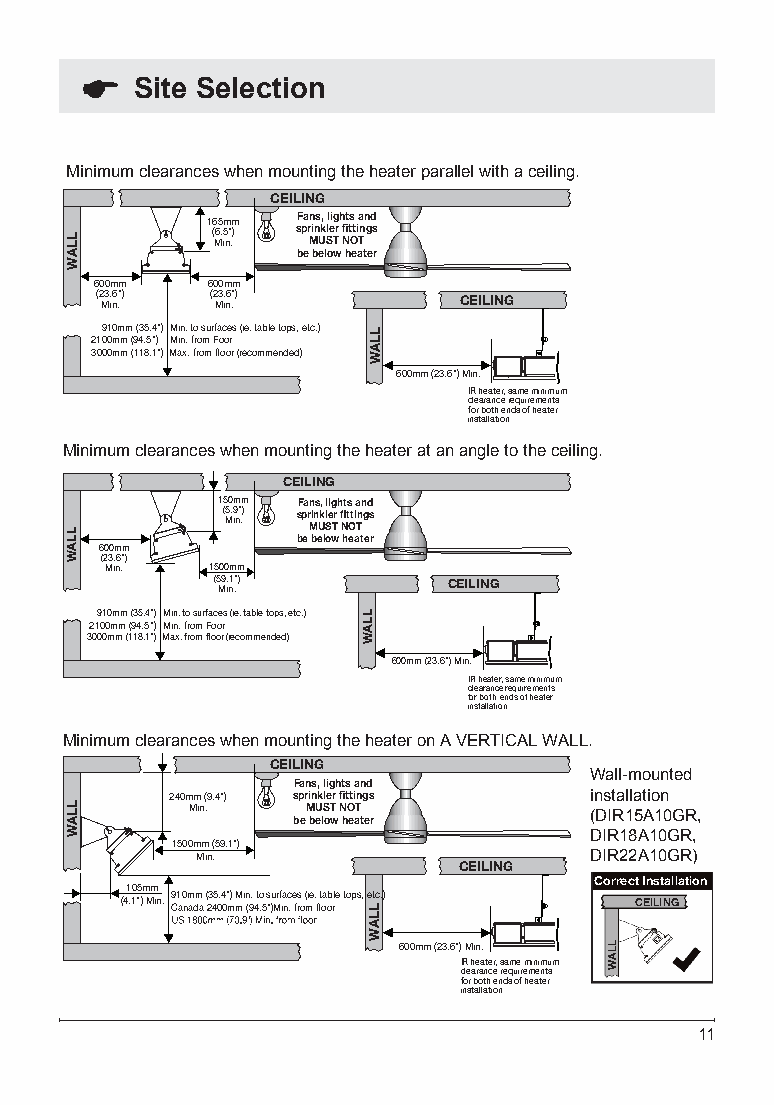
Site Selection
 Minimum clearances when mounting the heater parallel with a ceiling.
 CEILING
 165mm Fans, lights and
 (6.5") sprinkler fittings Min. MUST NOT
 be below heater
 600mm   600mm
 (2 M3 i. n6 .") (2 M3 i. n6 .") CEILING
 910mm (35.4") Min. to surfaces (ie. table tops, etc.)
 2100mm (94.5") Min. from Foor
 3000mm (118.1") Max. from floor (recommended)
 600mm (23.6") Min.
 IR heater, same minimum
 clearance requirements
 for both ends of heater
 installation
 Minimum clearances when mounting the heater at an angle to the ceiling.
 CEILING
 150mm Fans, lights and
 ( M5. i9 n" .) sprinkler fittings
 MUST NOT
 be below heater
 600mm
 (23.6")
 Min.   1500mm
 (5 M9 i. n1 .") CEILING
 910mm (35.4") Min. to surfaces (ie. table tops, etc.)
 2100mm (94.5") Min. from Foor
 3000mm (118.1") Max. from floor (recommended)
 600mm (23.6") Min.
 IR heater, same minimum
 clearance requirements
 for both ends of heater
 installation
 Minimum clearances when mounting the heater on A VERTICAL WALL.
 CEILING
 Wall-mounted
 Fans, lights and
 240mm (9.4") sprinkler fittings installation
 Min.    MUST NOT
 be below heater     (DIR15A10GR,
 DIR18A10GR,
 1500mm (59.1")
 Min.                      DIR22A10GR)
 CEILING
 Correct Installation
 105mm
 (4.1") Min. C 91 a0 nm adm a ( 23 45 0.4 0" m) M m in (9. 4t .o 5 "s )u Mrf ia nc . e frs o ( mie . fl t oa ob rle tops, etc.) CEILING
 600mm (23.6") Min.
 IR heater, same minimum
 clearance requirements
 for both ends of heater
 installation
 11
 LLAW
 LLAW
 LLAW
 LLAW
 LLAW
 LLAW
 LLAW